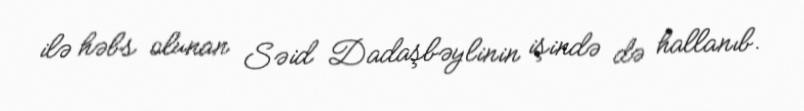
ilə həbs olunan Səid Dadaşbəylinin işində də hallanıb.